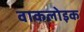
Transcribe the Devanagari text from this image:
वाकलोइक